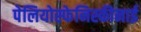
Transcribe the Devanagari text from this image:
पेलियोस्फेनिस्कीनाई